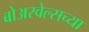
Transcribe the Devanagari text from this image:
बोअरवेल्सच्या